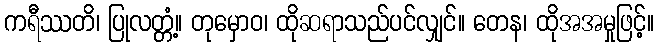
ကရီဿတိ၊ ပြုလတ္တံ့။ တုမှောဝ၊ ထိုဆရာသည်ပင်လျှင်။ တေန၊ ထိုအအမှုဖြင့်။